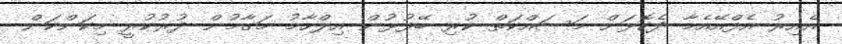
އެއިރު އެފްއޭއެމާ ދެކޮޅަށް މަސައްކަތް ކުރި ބޭފުޅުން އިލްހާމު މަގާމުން ދުރުކުރީ މިކަންކަން